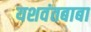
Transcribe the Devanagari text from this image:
यशवंतबाबा